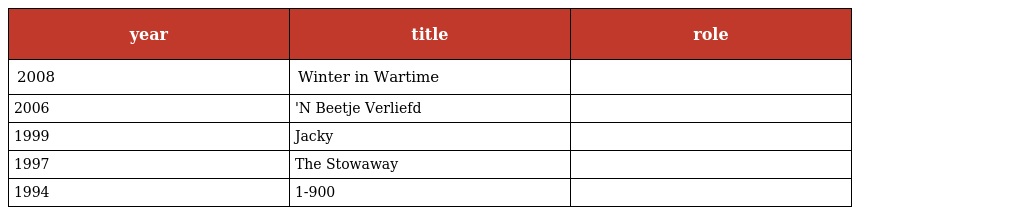
| year | title | role |
 | --- | --- | --- |
 | 2008 | Winter in Wartime |  |
 | 2006 | 'N Beetje Verliefd |  |
 | 1999 | Jacky |  |
 | 1997 | The Stowaway |  |
 | 1994 | 1-900 |  |